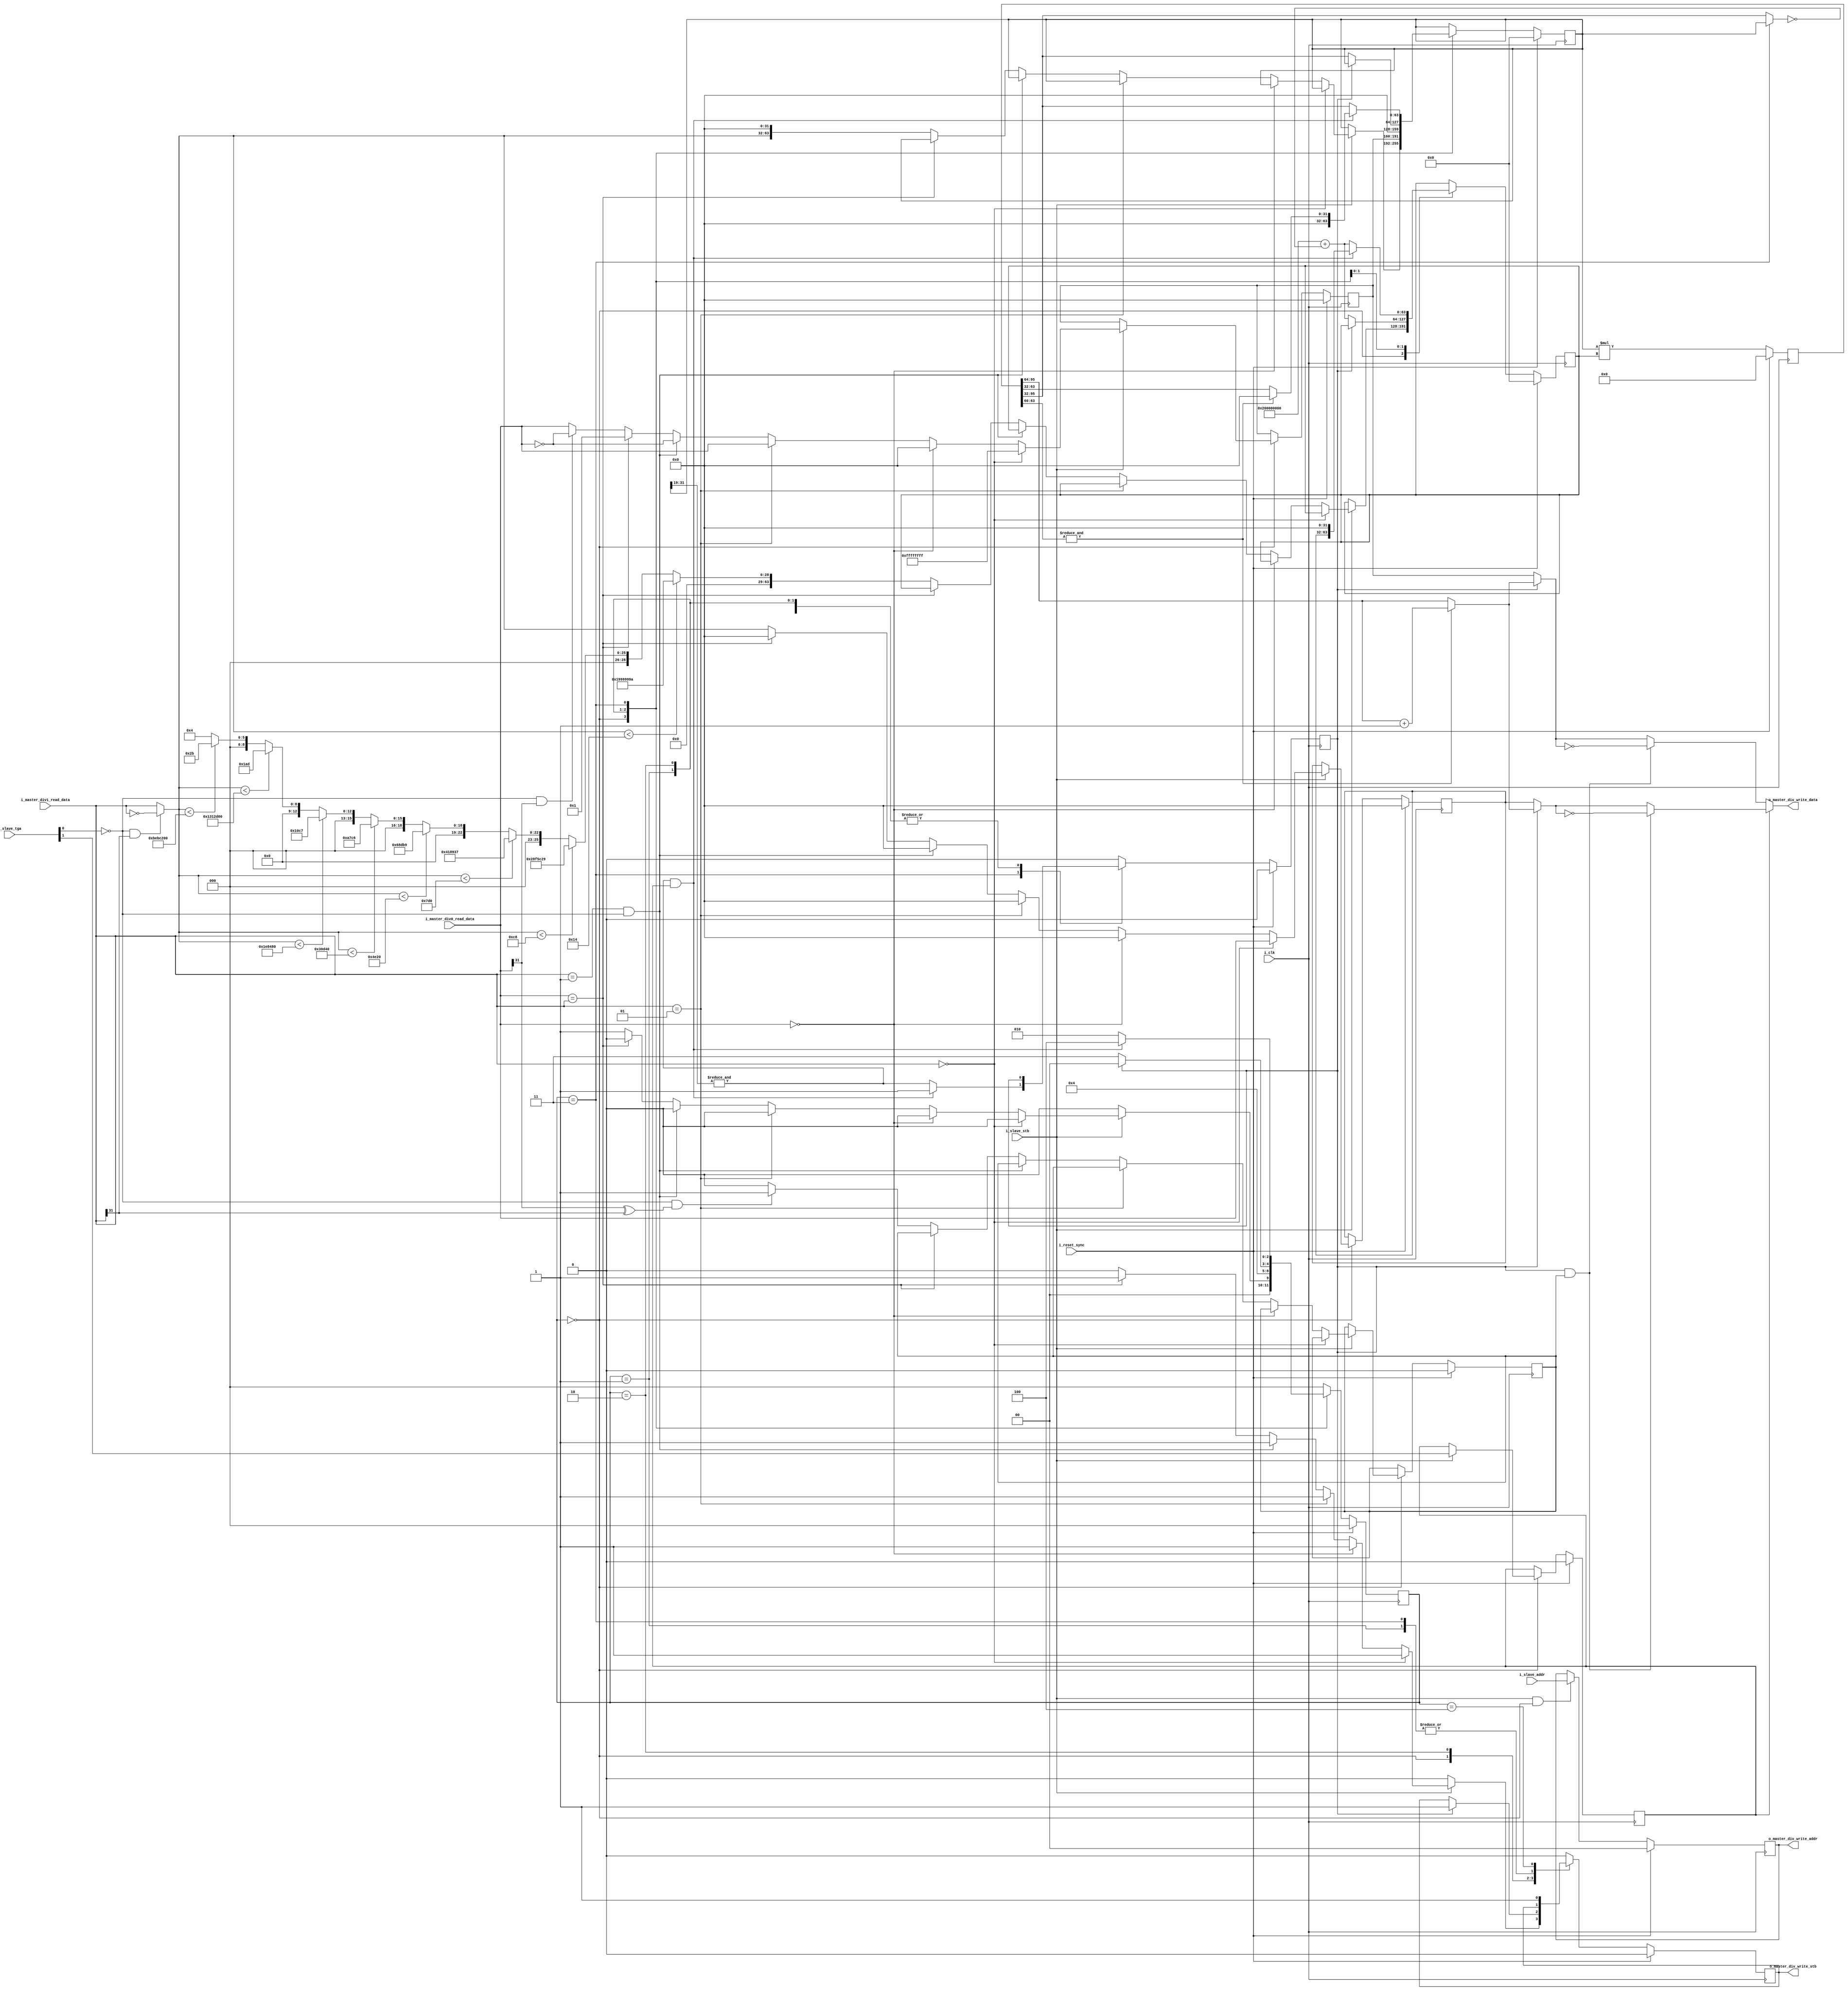
module Goldschmidt_Integer_Divider_2CPS #(
  parameter integer P_GID_FACTORS_MSB  = 31,
  parameter integer P_GID_ADDR_MSB     = 1,
  parameter integer P_GID_ACCURACY_LVL = 12,
  parameter integer P_GID_ROUND_UP_LVL = 3,
  parameter integer P_GID_ANLOGIC_MUL  = 0
)(
  input i_clk,
  input i_reset_sync,
  // WB (Pipeline) Interface
  input                     i_slave_stb, // stb_i, start signal
  input  [P_GID_ADDR_MSB:0] i_slave_addr, // stb_i, start signal
  input  [1:0]              i_slave_tga, // [1] 0=quotient, 1=rem; [0] 0=signed, 1=unsigned
  // WB(pipeline) Master Read Interface
  input  [P_GID_FACTORS_MSB:0] i_master_div0_read_data, // WB data, dividend
  // WB(pipeline) Master Read Interface
  input  [P_GID_FACTORS_MSB:0] i_master_div1_read_data, // WB data, divisor
  // WB(pipeline) Master Write Interface
  output                       o_master_div_write_stb,  // WB stb, result
  output [P_GID_ADDR_MSB:0]    o_master_div_write_addr, // WB data, result
  output [P_GID_FACTORS_MSB:0] o_master_div_write_data  // WB data, result
);

  ///////////////////////////////////////////////////////////////////////////////
  // Internal Parameter Declarations
  ///////////////////////////////////////////////////////////////////////////////
  // Misc.
  localparam [P_GID_FACTORS_MSB:0] L_GID_NUMBER_TWO  = 2;
  localparam [P_GID_FACTORS_MSB:0] L_GID_ZERO_FILLER = 0;
  //
  localparam integer L_GID_MUL_FACTORS_MSB  = ((P_GID_FACTORS_MSB+1)*2)-1;
  localparam integer L_GID_STEP_PRODUCT_MSB = ((L_GID_MUL_FACTORS_MSB+1)+P_GID_FACTORS_MSB);
  localparam integer L_GID_RESULT_MSB       = ((P_GID_FACTORS_MSB+1)*3)-1;
  localparam integer L_GID_RESULT_LSB       = (P_GID_FACTORS_MSB+1)*2;
  // Program Counter FSM States
  localparam [2:0] S_IDLE                 = 3'h0; // Waits for valid factors.
  localparam [2:0] S_SHIFT_DIVIDEND_POINT = 3'h1; // multiply the dividend by minus powers of ten to shift the decimal point.
  localparam [2:0] S_HALF_STEP_ONE        = 3'h2; // D[i] * (2-d[i]); were i is the iteration.
  localparam [2:0] S_HALF_STEP_TWO        = 3'h3; // d[i] * (2-d[i]); were i is the iteration.
  localparam [2:0] S_REMAINDER_TO_NATURAL = 3'h4; // Convert remainder from decimal fraction to a natural number.
  // Divider LUT values
  localparam [P_GID_FACTORS_MSB:0] L_REG_E10 = 429496730; // X.1
  localparam [P_GID_FACTORS_MSB:0] L_REG_E100 = 42949673; // X.01
  localparam [P_GID_FACTORS_MSB:0] L_REG_E1000 = 4294967; // X.001
  localparam [P_GID_FACTORS_MSB:0] L_REG_E10000 = 429497; // X.0001
  localparam [P_GID_FACTORS_MSB:0] L_REG_E100000 = 42950; // X.00001
  localparam [P_GID_FACTORS_MSB:0] L_REG_E1000000 = 4295; // X.000001
  localparam [P_GID_FACTORS_MSB:0] L_REG_E10000000 = 429; // X.0000001
  localparam [P_GID_FACTORS_MSB:0] L_REG_E100000000 = 43; // X.00000001
  localparam [P_GID_FACTORS_MSB:0] L_REG_E1000000000 = 4; // X.000000001
  // Round up bit limits
  localparam integer L_GID_ROUND_LSB = L_GID_RESULT_LSB-1-P_GID_ROUND_UP_LVL;
  
  ///////////////////////////////////////////////////////////////////////////////
  // Internal Signals Declarations
  ///////////////////////////////////////////////////////////////////////////////
  // Offset Counter
  wire [P_GID_FACTORS_MSB:0] w_lut_value = i_slave_stb==1'b1 ? (
                                             w_divisor < 20        ? L_REG_E10 : 
                                             w_divisor < 200       ? L_REG_E100 :
                                             w_divisor < 2000      ? L_REG_E1000 :
                                             w_divisor < 20000     ? L_REG_E10000 :
                                             w_divisor < 200000    ? L_REG_E100000 :
                                             w_divisor < 2000000   ? L_REG_E1000000 :
                                             w_divisor < 20000000  ? L_REG_E10000000 :
                                             w_divisor < 200000000 ? L_REG_E100000000 :
                                                                     L_REG_E1000000000) : 
                                            'h0;
  // Divider Accumulator signals
  reg  [2:0]                     r_divider_state;
  wire [L_GID_MUL_FACTORS_MSB:0] w_number_two_extended = {L_GID_NUMBER_TWO,L_GID_ZERO_FILLER};
  wire                           w_dividend_not_zero   = i_master_div0_read_data==0 ? 1'b0 : 1'b1;
  wire                           w_divisor_not_zero    = i_master_div1_read_data==0 ? 1'b0 : 1'b1;
  reg  [P_GID_FACTORS_MSB:0]     r_dividend;
  reg  [P_GID_FACTORS_MSB:0]     r_divisor;
  reg                            r_calculate_remainder;
  reg                            r_signed_extend;
  //
  reg  [L_GID_MUL_FACTORS_MSB:0] r_multiplicand;
  reg  [L_GID_MUL_FACTORS_MSB:0] r_multiplier;
  reg  [((P_GID_FACTORS_MSB+1)*4)-1:0] r_product;
  // Turn negative to positive is signed division
  wire [P_GID_FACTORS_MSB:0] w_dividend = (i_slave_tga[0]==1'b0 && i_master_div0_read_data[P_GID_FACTORS_MSB]==1'b1) ? ~i_master_div0_read_data : i_master_div0_read_data;
  wire [P_GID_FACTORS_MSB:0] w_divisor  = (i_slave_tga[0]==1'b0 && i_master_div1_read_data[P_GID_FACTORS_MSB]==1'b1) ? ~i_master_div1_read_data : i_master_div1_read_data;
  // Iterative operation signals
  wire [L_GID_MUL_FACTORS_MSB:0] w_current_divisor   = r_divider_state==S_HALF_STEP_TWO ? r_multiplicand : r_product[L_GID_STEP_PRODUCT_MSB:P_GID_FACTORS_MSB+1];
  wire [L_GID_MUL_FACTORS_MSB:0] w_two_minus_divisor = (w_number_two_extended + ~w_current_divisor); // 2-divisor
  wire                           w_converged         = &r_multiplicand[P_GID_FACTORS_MSB:P_GID_FACTORS_MSB-P_GID_ACCURACY_LVL]; // is it 0.9xxx...?
  reg                            r_converged;
  // Result Registers Write Signals
  wire                       w_rounder   = &r_product[(L_GID_RESULT_LSB-1):L_GID_ROUND_LSB];
  wire [P_GID_FACTORS_MSB:0] w_quotient  = r_converged==1'b0 ? r_dividend : 
                                             w_rounder==1'b1 ? (r_product[L_GID_RESULT_MSB:L_GID_RESULT_LSB]+1) :
                                             r_product[L_GID_RESULT_MSB:L_GID_RESULT_LSB];

  wire [P_GID_FACTORS_MSB:0] w_remainder = r_converged==1'b0 ? r_divisor :
                                             w_rounder==1'b1 ? (r_product[L_GID_RESULT_MSB:L_GID_RESULT_LSB]+1) :
                                             r_product[L_GID_RESULT_MSB:L_GID_RESULT_LSB];
  wire [P_GID_FACTORS_MSB:0] w_result    = r_calculate_remainder==1'b1 ? ((r_converged==1'b1 && r_signed_extend==1'b1) ? ~w_remainder : w_remainder) :
                                                                         ((r_converged==1'b1 && r_signed_extend==1'b1) ? ~w_quotient  : w_quotient);
  reg                        r_div_write_stb;
  // WB Control signals
  reg [P_GID_ADDR_MSB:0] r_addr;    

  ///////////////////////////////////////////////////////////////////////////////
  //            ********      Architecture Declaration      ********           //
  ///////////////////////////////////////////////////////////////////////////////

  ///////////////////////////////////////////////////////////////////////////////
  // Process     : Divider Accumulator
  // Description : FSM that controls the pipelined division step. Performs the 
  //               step iterations until divisor converges to a value close to 
  //               "1".
  ///////////////////////////////////////////////////////////////////////////////
  always @(posedge i_clk) begin
    if (i_reset_sync == 1'b1) begin
      r_divider_state       <= S_IDLE;
      r_div_write_stb       <= 1'b0;
      r_divisor             <= 0;
      r_dividend            <= 0;
      r_multiplicand        <= 0;
      r_multiplier          <= 0;
      r_calculate_remainder <= 1'b0;
      r_converged           <= 1'b0;
      r_signed_extend       <= 1'b0;
    end
    else begin
      casez (r_divider_state)
        S_IDLE : begin
          if (i_slave_stb == 1'b1) begin
            // Start division. Look for any special case that can be done 
            // without the iterative process, else perform Goldschmidt division.
            if (w_divisor_not_zero == 1'b0) begin
              // If either is zero return zero
              r_div_write_stb <= 1'b1;
              r_divisor       <= i_master_div0_read_data;
              r_dividend      <= -1;
              r_divider_state <= S_IDLE;
            end
            else if (w_dividend_not_zero == 1'b0) begin
              // If either is zero return zero
              r_div_write_stb <= 1'b1;
              r_divisor       <= L_GID_ZERO_FILLER;
              r_dividend      <= L_GID_ZERO_FILLER;
              r_divider_state <= S_IDLE;
            end
            else if ($signed(i_master_div1_read_data) == 1) begin
              // if denominator is 1 return numerator
              r_div_write_stb <= 1'b1;
              r_divisor       <= L_GID_ZERO_FILLER;
              r_dividend      <= i_master_div0_read_data;
              r_divider_state <= S_IDLE;
            end
            else if ($signed(i_master_div1_read_data) == -1 && i_slave_tga[0] == 1'b0) begin
              // if denominator is -1 return -1*numerator
              r_div_write_stb <= 1'b1;
              r_divisor       <= L_GID_ZERO_FILLER;
              r_dividend      <= ~i_master_div0_read_data;
              r_divider_state <= S_IDLE;
            end
            else if (i_master_div0_read_data == i_master_div1_read_data) begin
              // if equal return 1 for quotient and zero for remainder
              r_div_write_stb <= 1'b1;
              r_divisor       <= 1'b0;
              r_dividend      <= 1'b1;
              r_divider_state <= S_IDLE;
            end
            else begin
              // Shift the decimal point in the divisor.
              if (i_slave_tga[0] == 1'b0 && (
                i_master_div0_read_data[P_GID_FACTORS_MSB]==1'b1 ^ i_master_div1_read_data[P_GID_FACTORS_MSB]==1'b1)) begin
                // If performing signed division and the result should be negative.
                r_signed_extend <= 1'b1;
              end
              else begin
                // 
                r_signed_extend <= 1'b0;
              end
              //
              r_dividend  <= w_dividend;
              r_divisor   <= w_divisor;
              // 
              r_multiplicand  <= {w_divisor, L_GID_ZERO_FILLER};
              r_multiplier    <= {L_GID_ZERO_FILLER, w_lut_value};
              // 
              r_div_write_stb <= 1'b0;
              r_divider_state <= S_SHIFT_DIVIDEND_POINT;
            end
            r_calculate_remainder <= i_slave_tga[1];
          end
          else begin
            //
            r_div_write_stb <= 1'b0;
            r_divider_state <= S_IDLE;
          end
          r_converged <= 1'b0;
        end
        S_SHIFT_DIVIDEND_POINT : begin
          // 
          r_multiplicand  <= {r_dividend, L_GID_ZERO_FILLER};
          r_multiplier    <= r_multiplier;
          r_divider_state <= S_HALF_STEP_ONE;
        end
        S_HALF_STEP_ONE : begin
          //
          if (r_converged == 1'b1) begin
            // When the divisor converges to 1.0 (actually 0.99...).
            // Return the quotient
            r_div_write_stb <= 1'b1;
            r_divider_state <= S_IDLE;
          end
          else begin
            // Increase count and start another division whole step.
            r_multiplicand  <= r_product[L_GID_STEP_PRODUCT_MSB:P_GID_FACTORS_MSB+1];
            r_multiplier    <= w_two_minus_divisor;
            r_divider_state <= S_HALF_STEP_TWO;
          end
        end
        S_HALF_STEP_TWO : begin
          if (w_converged == 1'b1 && r_calculate_remainder == 1'b1) begin
            // Convert the remainder from decimal fraction to a natural number
            if (w_rounder == 1'b1) begin
              r_multiplicand  <= {L_GID_ZERO_FILLER, L_GID_ZERO_FILLER};
            end
            else begin
              r_multiplicand <= {L_GID_ZERO_FILLER, r_product[L_GID_RESULT_LSB-1:P_GID_FACTORS_MSB+1]};
            end
            r_multiplier    <= {r_divisor, L_GID_ZERO_FILLER};
            r_converged     <= 1'b1;
            r_divider_state <= S_REMAINDER_TO_NATURAL;
          end
          else begin
            // Second half of the division step
            r_multiplicand  <= r_product[L_GID_STEP_PRODUCT_MSB:P_GID_FACTORS_MSB+1];
            r_multiplier    <= w_two_minus_divisor;
            r_converged     <= w_converged;
            r_divider_state <= S_HALF_STEP_ONE;
          end
        end
        S_REMAINDER_TO_NATURAL : begin
          // Return the remainder
          r_div_write_stb <= 1'b1;
          r_divider_state <= S_IDLE;
        end
        default : begin
          r_div_write_stb <= 1'b0;
          r_converged     <= 1'b0;
          r_divider_state <= S_IDLE;
        end
      endcase
    end
  end

  ///////////////////////////////////////////////////////////////////////////////
  // Process     : WB Control Process
  // Description : Controls the access to the multiplier
  ///////////////////////////////////////////////////////////////////////////////
  always @(posedge i_clk) begin
    if (i_reset_sync == 1'b1) begin
      r_addr     <= 'h0;
    end
    else begin
      if (i_slave_stb == 1'b1 && r_divider_state == S_IDLE) begin
        r_addr <= i_slave_addr;
      end
    end
  end
  // WB(pipeline) Master Write access control
  assign o_master_div_write_stb  = r_div_write_stb;
  assign o_master_div_write_addr = r_addr;
  assign o_master_div_write_data = w_result;


  generate
    if (P_GID_ANLOGIC_MUL == 0) begin
      /////////////////////////////////////////////////////////////////////////////
      // Process     : Multiplication Process
      // Description : This is a generic code, generally inferred as a DSPs block
      //               by modern synthesis tools.
      /////////////////////////////////////////////////////////////////////////////
      always @(posedge i_clk) begin
        if (i_reset_sync == 1'b1) begin
          r_product <= 128'h0;
        end
        else begin
          //	Multiply any time the inputs changes.
          r_product <= $signed(r_multiplicand) * $signed(r_multiplier);
        end
      end
    end
  endgenerate

  generate
    if (P_GID_ANLOGIC_MUL == 1) begin
      ///////////////////////////////////////////////////////////////////////////////
      // Instance    : Integer_Multiplier
      // Description : Anlogic IP EG_LOGIC_MULT, TD version 4.6.18154
      ///////////////////////////////////////////////////////////////////////////////
	    EG_LOGIC_MULT #(
        .INPUT_WIDTH_A(L_GID_MUL_FACTORS_MSB+1),
	      .INPUT_WIDTH_B(L_GID_MUL_FACTORS_MSB+1),
	      .OUTPUT_WIDTH((P_GID_FACTORS_MSB+1)*4),
	      .INPUTFORMAT("SIGNED"),
	      .INPUTREGA("DISABLE"),
	      .INPUTREGB("DISABLE"),
	      .OUTPUTREG("ENABLE"),
	      .IMPLEMENT("DSP"),
	      .SRMODE("ASYNC")
	    ) Integer_Multiplier (
	      .a(r_multiplicand),
	      .b(r_multiplier),
	      .p(r_product),
	      .cea(1'b0),
	      .ceb(1'b0),
	      .cepd(1'b1),
	      .clk(i_clk),
	      .rstan(1'b0),
	      .rstbn(1'b0),
	      .rstpdn(~i_reset_sync)
	    );
    end
  endgenerate

endmodule